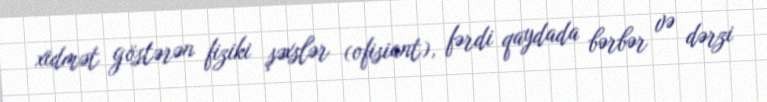
xidmət göstərən fiziki şəxslər (ofisiant), fərdi qaydada bərbər və dərzi